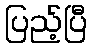
ပြည့်ပြီ